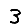
Digit: 3